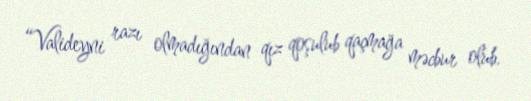
“Valideyni razı olmadığından qız qoşulub qaçmağa məcbur olub.